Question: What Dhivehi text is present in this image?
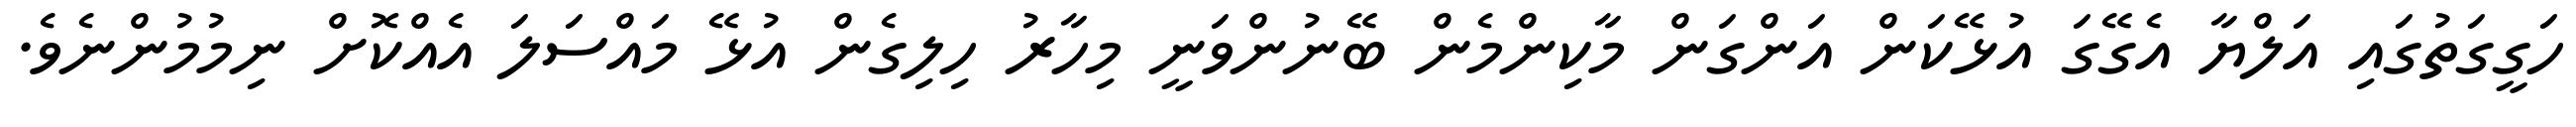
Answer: ހަގީގަތުގައި އަލްޔާ އެގޭގަ އުޅޭކަން އަންގަން މާކިންމެން ބޭނުންވަނީ މިހާރު ހިލިގެން އުޅޭ މައްސަލަ އެއްކޮށް ނިމުމުންނެވެ.